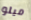
ميلو